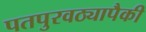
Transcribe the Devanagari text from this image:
पतपुरवठ्यापैकी